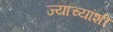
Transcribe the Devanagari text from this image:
ज्याच्यांशी